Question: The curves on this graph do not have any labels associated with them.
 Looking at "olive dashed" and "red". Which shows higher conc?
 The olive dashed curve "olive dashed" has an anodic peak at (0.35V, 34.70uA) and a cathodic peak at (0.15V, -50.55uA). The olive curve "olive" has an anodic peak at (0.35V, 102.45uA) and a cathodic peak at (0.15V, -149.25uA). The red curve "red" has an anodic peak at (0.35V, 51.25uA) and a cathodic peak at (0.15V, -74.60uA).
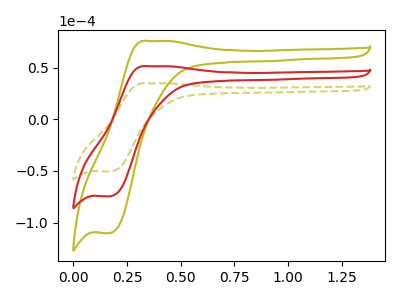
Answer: <think>All the peaks in "olive dashed" have a peak in "red" at the same potential. Every peak in "olive dashed" is lower than every peak in "red".
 </think>
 <answer>"olive dashed" has less signal than "red" and so likely has a lower concentration.</answer>
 <eval>less_concentration</eval>